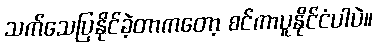
သက်သေပြနိုင်ခဲ့တာကတော့ စင်ကာပူနိုင်ငံပါပဲ။